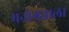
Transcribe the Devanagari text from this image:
मनोगताला